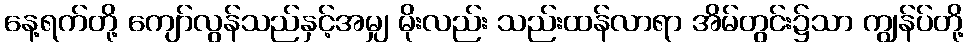
နေ့ရက်တို့ ကျော်လွန်သည်နှင့်အမျှ မိုးလည်း သည်းထန်လာရာ အိမ်တွင်း၌သာ ကျွန်ပ်တို့